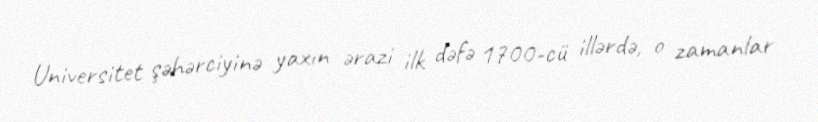
Universitet şəhərciyinə yaxın ərazi ilk dəfə 1700-cü illərdə, o zamanlar